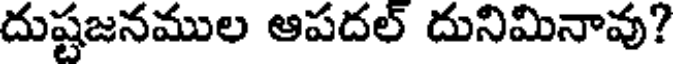
దుష్టజనముల ఆపదల్ దునిమినావు?